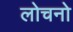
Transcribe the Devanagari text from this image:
लोचनो